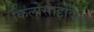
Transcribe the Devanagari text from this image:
किलोसाइकिल